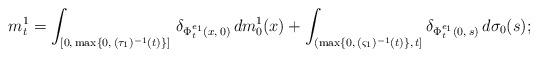
LaTeX: \begin{align*}m^1_{t} =\int_{[0,\,\max\{0,\,(\tau_1)^{-1}(t)\}]}\,\delta_{\Phi^{e_1}_t(x,\,0)}\,dm_0^1(x)+\int_{(\max\{0,\,(\varsigma_1)^{-1}(t)\},\,t]}\delta_{\Phi^{e_1}_t(0,\,s)}\,d \sigma_0(s); \\\end{align*}